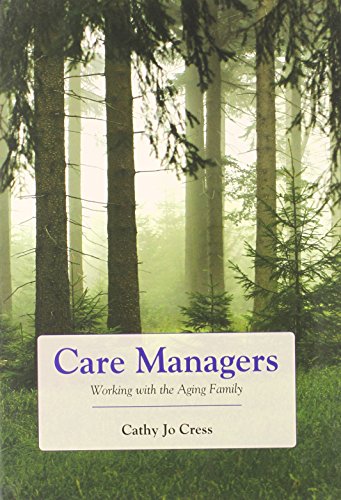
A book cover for Care Managers: Working With The Aging Family; Cathy Jo Cress; Medical Books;